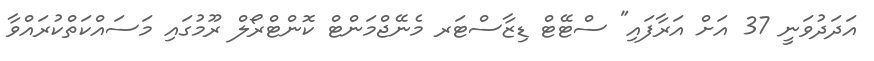
އަދަދުވަނީ 37 އަށް އަރާފައި" ސްޓޭޓް ޑިޒާސްޓަރ މެނޭޖްމަންޓް ކޮންޓްރޯލް ރޫމުގައި މަސައްކަތްކުރައްވާ